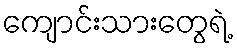
ကျောင်းသားတွေရဲ့